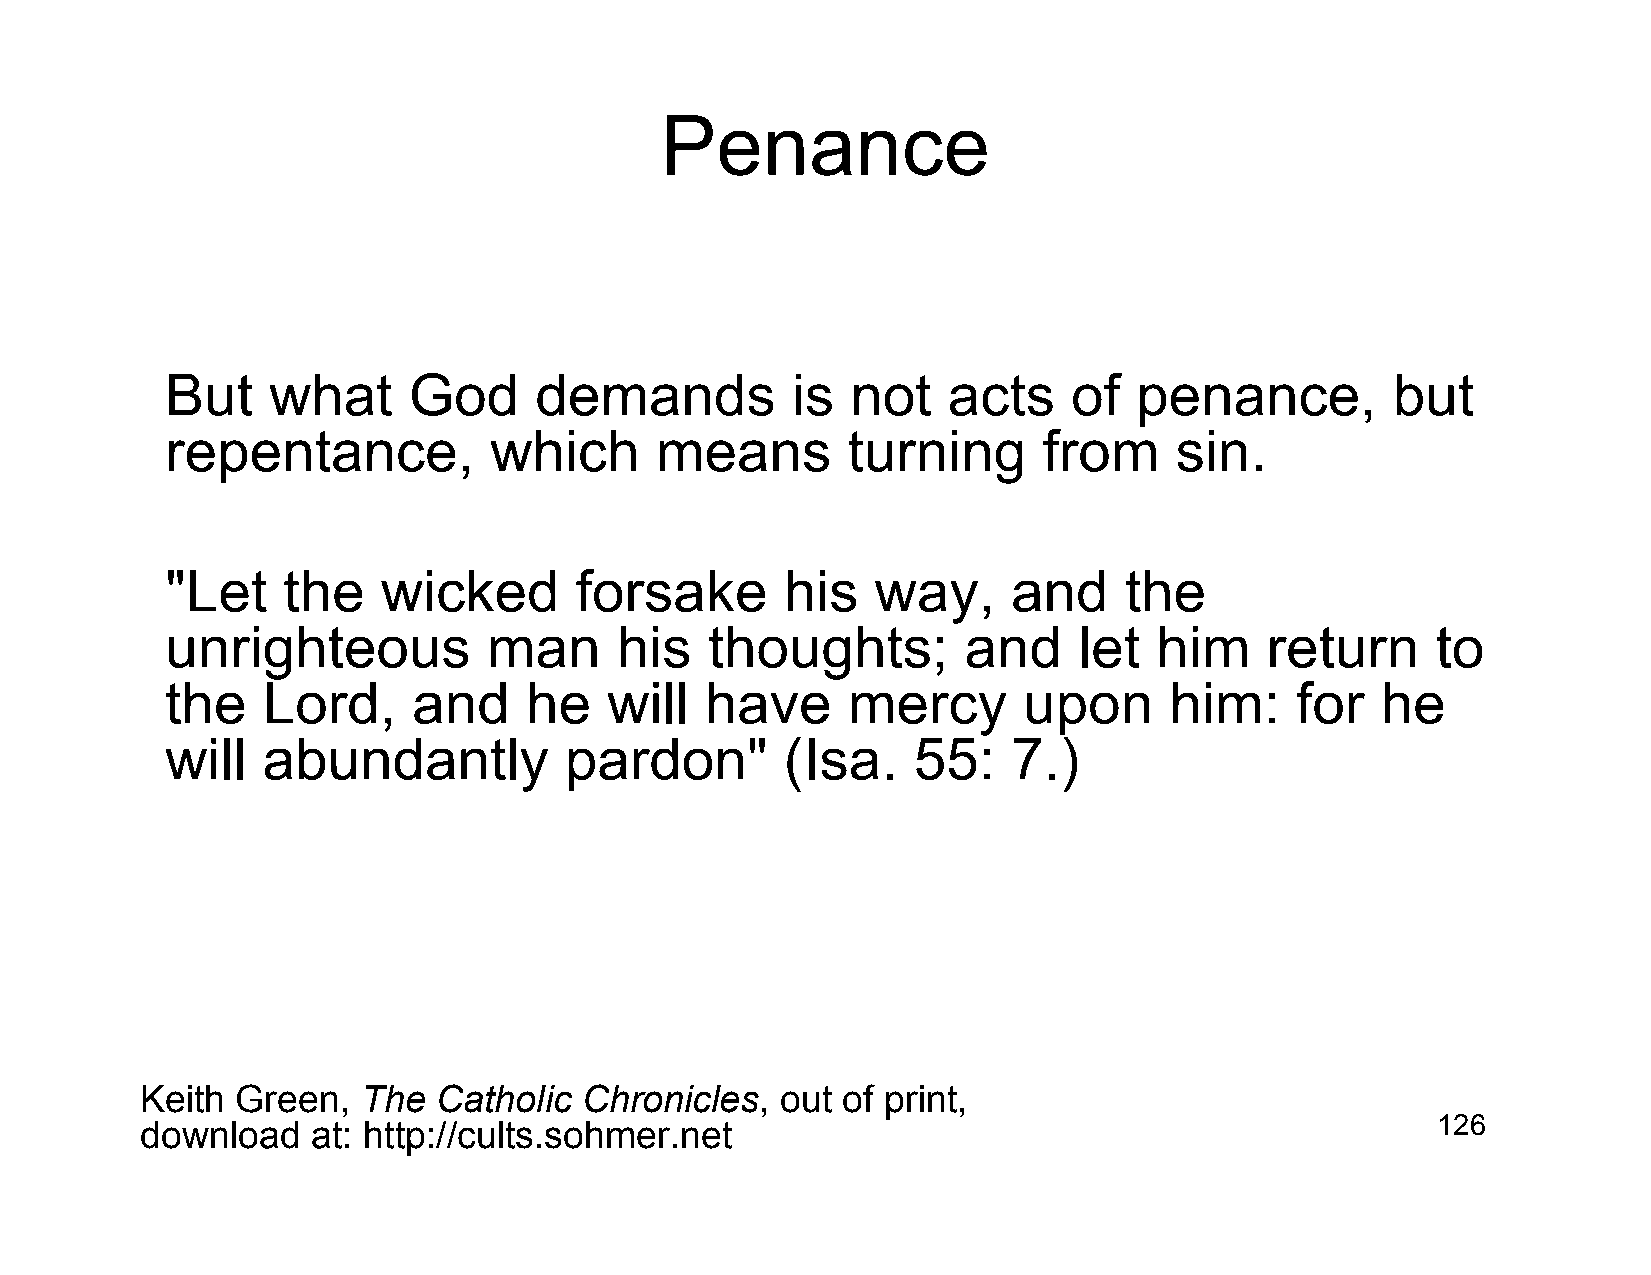
Penance
 But    what     God     demands          is  not    acts    of  penance,         but
 repentance,          which      means        turning      from     sin.
 "Let    the   wicked       forsake       his   way,     and    the
 unrighteous          man      his   thoughts;        and    let   him    return     to
 the   Lord,     and     he   will   have     mercy       upon     him:     for  he
 will  abundantly          pardon"        (Isa.   55:    7.)
 Keith  Green,  The  Catholic  Chronicles,  out of print,
 download    at: http://cults.sohmer.net                                               126